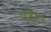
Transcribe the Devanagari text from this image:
पेटेंट।